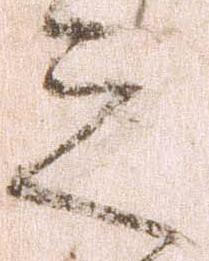
之